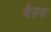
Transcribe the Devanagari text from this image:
बैसना